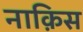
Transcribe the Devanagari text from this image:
नाक़िस